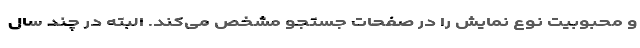
و محبوبیت نوع نمایش را در صفحات جستجو مشخص می‌کند. البته در چند سال